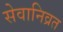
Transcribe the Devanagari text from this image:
सेवानिव्रत